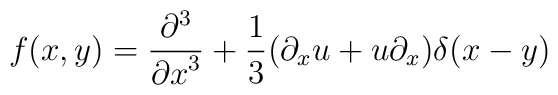
f(x,y) = {{\partial^3} \over {{\partial x}^3}} + {1 \over 3}(\partial_x u + u \partial_x) \delta(x-y)